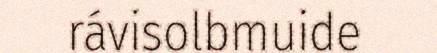
rávisolbmuide